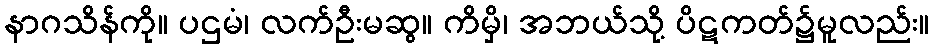
နာဂသိန်ကို။ ပဌမံ၊ လက်ဦးမဆွ။ ကိမှိ၊ အဘယ်သို့ ပိဋကတ်၌မူလည်း။